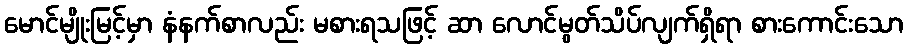
မောင်မျိုးမြင့်မှာ နံနက်စာလည်း မစားရသဖြင့် ဆာ လောင်မွတ်သိပ်လျက်ရှိရာ စားကောင်းသော